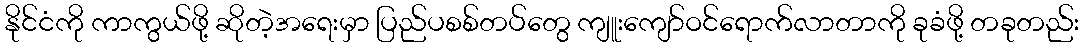
နိုင်ငံကို ကာကွယ်ဖို့ ဆိုတဲ့အရေးမှာ ပြည်ပစစ်တပ်တွေ ကျူးကျော်ဝင်ရောက်လာတာကို ခုခံဖို့ တခုတည်း